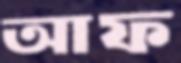
আফ